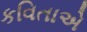
કવિતાએ